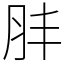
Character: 肨